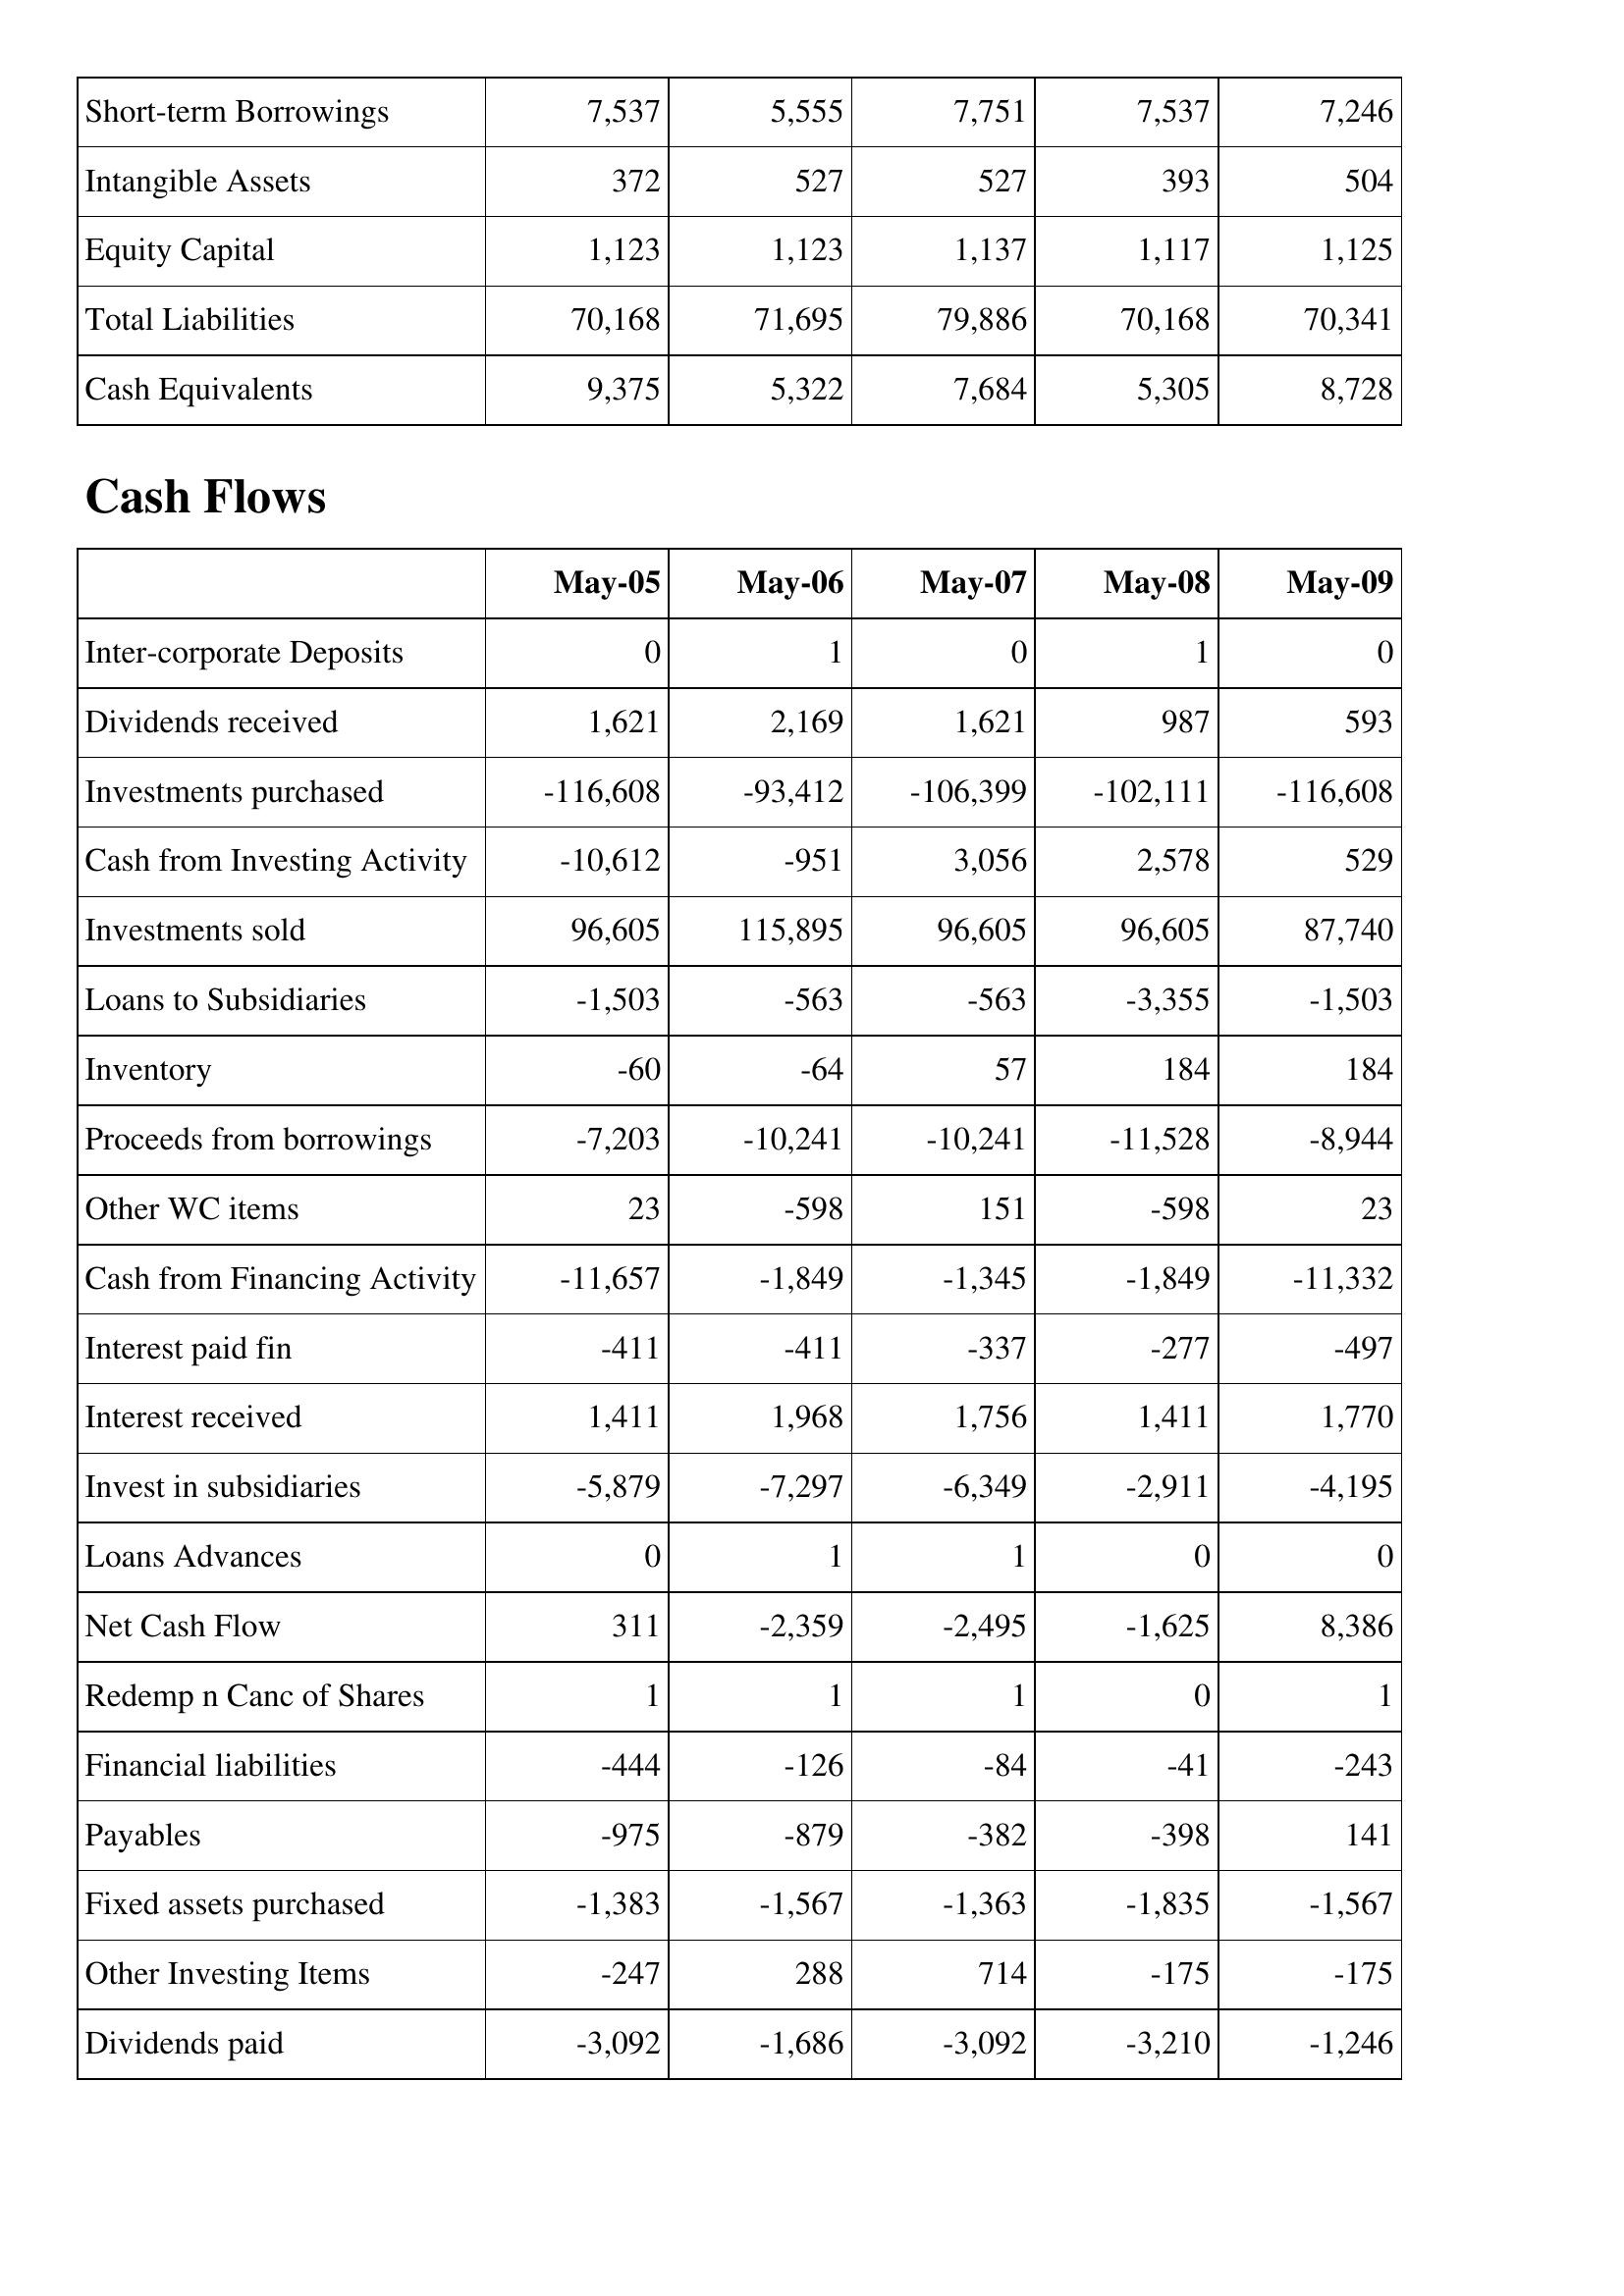
May-05: Balance Sheet: Short-term Borrowings: 7,537
Intangible Assets: 372
Equity Capital: 1,123
Total Liabilities: 70,168
Cash Equivalents: 9,375
Cash Flows: Inter-corporate Deposits: 0
Dividends received: 1,621
Investments purchased: -116,608
Cash from Investing Activity: -10,612
Investments sold: 96,605
Loans to Subsidiaries: -1,503
Inventory: -60
Proceeds from borrowings: -7,203
Other WC items: 23
Cash from Financing Activity: -11,657
Interest paid fin: -411
Interest received: 1,411
Invest in subsidiaries: -5,879
Loans Advances: 0
Net Cash Flow: 311
Redemp n Canc of Shares: 1
Financial liabilities: -444
Payables: -975
Fixed assets purchased: -1,383
Other Investing Items: -247
Dividends paid: -3,092
May-06: Balance Sheet: Short-term Borrowings: 5,555
Intangible Assets: 527
Equity Capital: 1,123
Total Liabilities: 71,695
Cash Equivalents: 5,322
Cash Flows: Inter-corporate Deposits: 1
Dividends received: 2,169
Investments purchased: -93,412
Cash from Investing Activity: -951
Investments sold: 115,895
Loans to Subsidiaries: -563
Inventory: -64
Proceeds from borrowings: -10,241
Other WC items: -598
Cash from Financing Activity: -1,849
Interest paid fin: -411
Interest received: 1,968
Invest in subsidiaries: -7,297
Loans Advances: 1
Net Cash Flow: -2,359
Redemp n Canc of Shares: 1
Financial liabilities: -126
Payables: -879
Fixed assets purchased: -1,567
Other Investing Items: 288
Dividends paid: -1,686
May-07: Balance Sheet: Short-term Borrowings: 7,751
Intangible Assets: 527
Equity Capital: 1,137
Total Liabilities: 79,886
Cash Equivalents: 7,684
Cash Flows: Inter-corporate Deposits: 0
Dividends received: 1,621
Investments purchased: -106,399
Cash from Investing Activity: 3,056
Investments sold: 96,605
Loans to Subsidiaries: -563
Inventory: 57
Proceeds from borrowings: -10,241
Other WC items: 151
Cash from Financing Activity: -1,345
Interest paid fin: -337
Interest received: 1,756
Invest in subsidiaries: -6,349
Loans Advances: 1
Net Cash Flow: -2,495
Redemp n Canc of Shares: 1
Financial liabilities: -84
Payables: -382
Fixed assets purchased: -1,363
Other Investing Items: 714
Dividends paid: -3,092
May-08: Balance Sheet: Short-term Borrowings: 7,537
Intangible Assets: 393
Equity Capital: 1,117
Total Liabilities: 70,168
Cash Equivalents: 5,305
Cash Flows: Inter-corporate Deposits: 1
Dividends received: 987
Investments purchased: -102,111
Cash from Investing Activity: 2,578
Investments sold: 96,605
Loans to Subsidiaries: -3,355
Inventory: 184
Proceeds from borrowings: -11,528
Other WC items: -598
Cash from Financing Activity: -1,849
Interest paid fin: -277
Interest received: 1,411
Invest in subsidiaries: -2,911
Loans Advances: 0
Net Cash Flow: -1,625
Redemp n Canc of Shares: 0
Financial liabilities: -41
Payables: -398
Fixed assets purchased: -1,835
Other Investing Items: -175
Dividends paid: -3,210
May-09: Balance Sheet: Short-term Borrowings: 7,246
Intangible Assets: 504
Equity Capital: 1,125
Total Liabilities: 70,341
Cash Equivalents: 8,728
Cash Flows: Inter-corporate Deposits: 0
Dividends received: 593
Investments purchased: -116,608
Cash from Investing Activity: 529
Investments sold: 87,740
Loans to Subsidiaries: -1,503
Inventory: 184
Proceeds from borrowings: -8,944
Other WC items: 23
Cash from Financing Activity: -11,332
Interest paid fin: -497
Interest received: 1,770
Invest in subsidiaries: -4,195
Loans Advances: 0
Net Cash Flow: 8,386
Redemp n Canc of Shares: 1
Financial liabilities: -243
Payables: 141
Fixed assets purchased: -1,567
Other Investing Items: -175
Dividends paid: -1,246